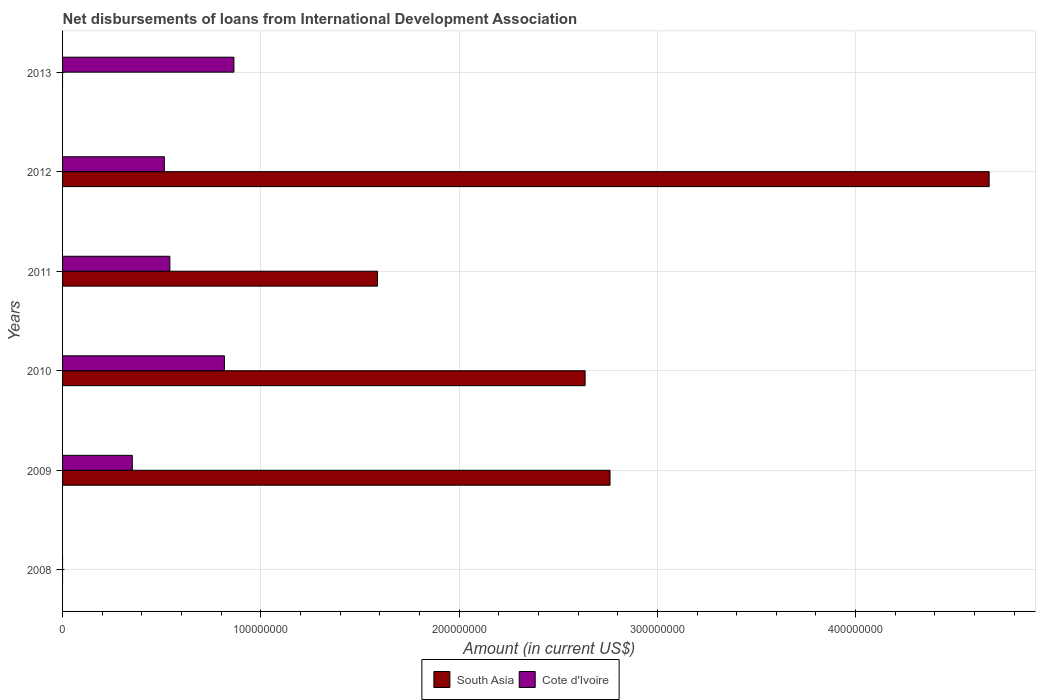
| Years | South Asia | Cote d'Ivoire |
 | --- | --- | --- |
 | 2008 | -7e+07 | -1.47e+07 |
 | 2009 | 2.76e+08 | 3.52e+07 |
 | 2010 | 2.64e+08 | 8.16e+07 |
 | 2011 | 1.59e+08 | 5.41e+07 |
 | 2012 | 4.67e+08 | 5.13e+07 |
 | 2013 | -1.39e+07 | 8.64e+07 |